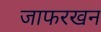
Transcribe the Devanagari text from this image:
जाफरखन